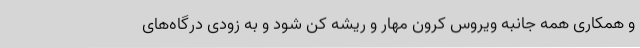
و همکاری همه جانبه ویروس کرون مهار و ریشه کن شود و به زودی درگاه‌های